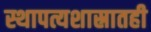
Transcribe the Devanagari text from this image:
स्थापत्यशास्रातही